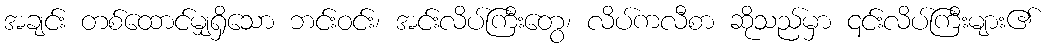
အချင်း တစ်ထောင်မျှရှိသော ဘင်းဝင်း၊ အင်းလိပ်ကြီးတွေ၊ လိပ်ကလီစာ ဆိုသည်မှာ ၎င်းလိပ်ကြီးများ၏